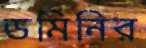
ডমিনির